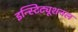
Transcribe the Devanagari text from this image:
इन्स्टिट्यूशनल